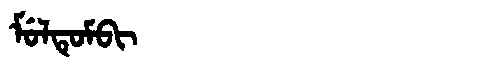
Manchu: ᠮᡠᠯᡨᡠᠮᠪᡳ
Romanization: MULTUMBI